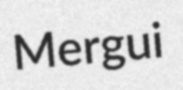
Mergui